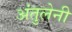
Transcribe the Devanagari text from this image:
अंतुलेनी